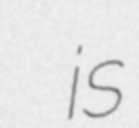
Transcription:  is